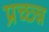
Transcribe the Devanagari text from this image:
प्रच्छ्न्न